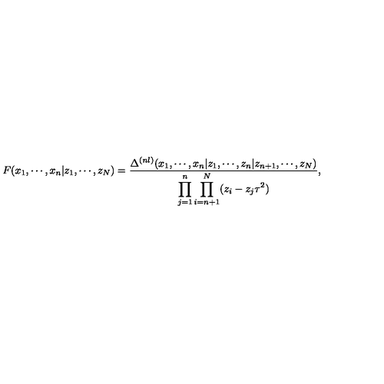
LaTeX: F ( x _ { 1 } , \cdots , x _ { n } | z _ { 1 } , \cdots , z _ { N } ) = \frac { \Delta ^ { ( n l ) } ( x _ { 1 } , \cdots , x _ { n } | z _ { 1 } , \cdots , z _ { n } | z _ { n + 1 } , \cdots , z _ { N } ) } { \displaystyle \prod _ { j = 1 } ^ { n } \prod _ { i = n + 1 } ^ { N } ( z _ { i } - z _ { j } \tau ^ { 2 } ) } ,